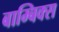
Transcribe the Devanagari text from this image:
बाम्बिक्स